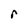
Character: r